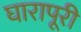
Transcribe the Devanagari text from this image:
घारापूरी